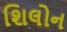
શિલોન